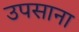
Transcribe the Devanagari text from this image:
उपसाना